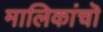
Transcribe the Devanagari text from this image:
मालिकांचॊ